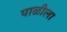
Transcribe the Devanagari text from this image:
पाळीला